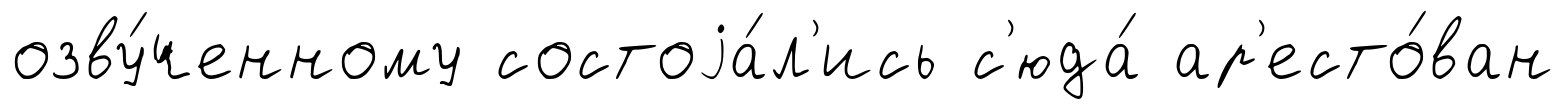
озву́ченному состоjа́л'ись с'юда́ ар'есто́ван